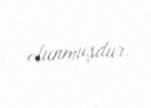
olunmuşdur.